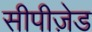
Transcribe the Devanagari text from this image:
सीपीज़ेड